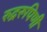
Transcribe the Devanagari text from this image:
रुद्ररूपिणी